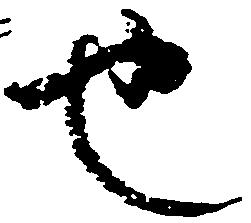
也